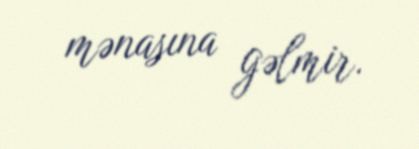
mənasına gəlmir.